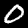
Digit: 0